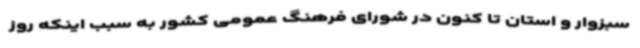
سبزوار و استان تا کنون در شورای فرهنگ عمومی کشور به سبب اینکه روز